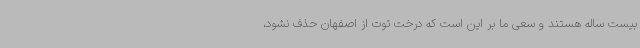
بیست ساله هستند و سعی ما بر این است که درخت توت از اصفهان حذف نشود،